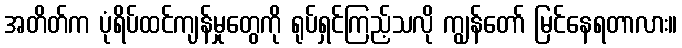
အတိတ်က ပုံရိပ်ထင်ကျန်မှုတွေကို ရုပ်ရှင်ကြည့်သလို ကျွန်တော် မြင်နေရတာလား။